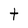
Character: t